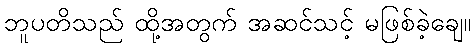
ဘူပတိသည် ထို့အတွက် အဆင်သင့် မဖြစ်ခဲ့ချေ။